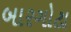
બારગોટા